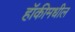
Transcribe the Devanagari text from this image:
हॉकीमधील